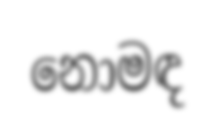
නොමඳ